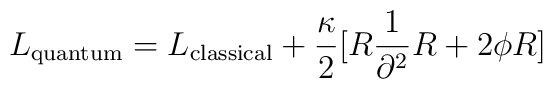
L_{\rm quantum} = L_{\rm classical} + {\kappa \over 2} \big[ R {1 \over \partial^2 } R + 2 \phi R \big]